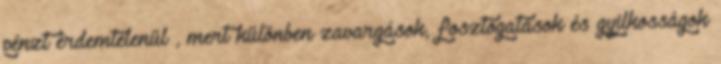
pénzt érdemtelenül , mert különben zavargások, fosztogatások és gyilkosságok